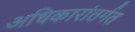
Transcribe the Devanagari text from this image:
अधिकारांतर्गत